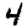
Digit: 4